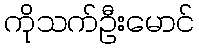
ကိုသက်ဦးမောင်